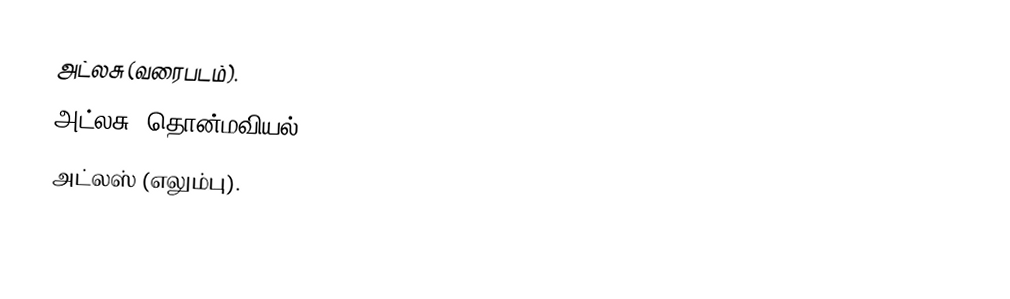
அட்லசு (வரைபடம்).
அட்லசு (தொன்மவியல்).
அட்லஸ் (எலும்பு).